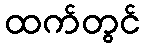
ထက်တွင်